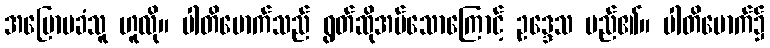
အပြောမခံသူ ဟူလို။ ပါတိမောက်သည် ရွတ်ဆိုအပ်သောကြောင့် ဥဒ္ဒေသ မည်၏။ ပါတိမောက်၌